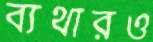
ব্যথারও